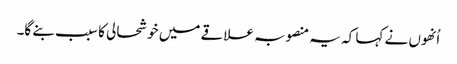
اُنھوں نے کہا کہ یہ منصوبہ علاقے میں خوشحالی کا سبب بنے گا۔